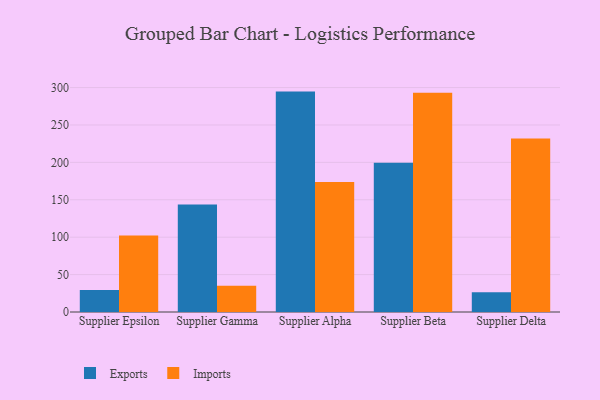
{"axis": {"x": "Supplier", "y": "Conversion Rate (%)"}, "legend": ["Exports", "Imports"], "data": [{"x": "Supplier Epsilon", "y": 29.5, "type": "Exports"}, {"x": "Supplier Epsilon", "y": 102.2, "type": "Imports"}, {"x": "Supplier Gamma", "y": 143.7, "type": "Exports"}, {"x": "Supplier Gamma", "y": 35.0, "type": "Imports"}, {"x": "Supplier Alpha", "y": 294.6, "type": "Exports"}, {"x": "Supplier Alpha", "y": 173.6, "type": "Imports"}, {"x": "Supplier Beta", "y": 199.6, "type": "Exports"}, {"x": "Supplier Beta", "y": 292.9, "type": "Imports"}, {"x": "Supplier Delta", "y": 26.3, "type": "Exports"}, {"x": "Supplier Delta", "y": 231.8, "type": "Imports"}]}